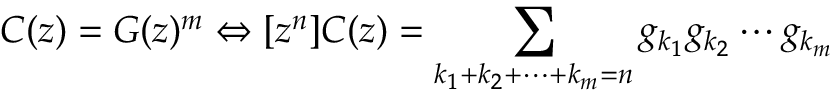
C ( z ) = G ( z ) ^ { m } \Leftrightarrow [ z ^ { n } ] C ( z ) = \sum _ { k _ { 1 } + k _ { 2 } + \cdots + k _ { m } = n } g _ { k _ { 1 } } g _ { k _ { 2 } } \cdots g _ { k _ { m } }